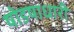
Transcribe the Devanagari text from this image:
षोडषाधारी